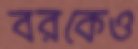
বরকেও